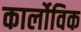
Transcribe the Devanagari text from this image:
कार्लोविक